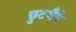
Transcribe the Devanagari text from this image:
छुटभैये